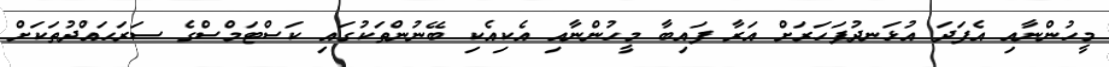
މީހުންނާއި އެފަދަ އުޅަނދުފަހަރަށް އަރާ ފައިބާ މީހުންނާއި އެކިއެކި ބޭނުންތަކުގައި ކަސްޓަމްސްގެ ސަރަޙައްދުތަކަށް